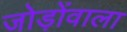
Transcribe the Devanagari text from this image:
जोड़ोंवाला